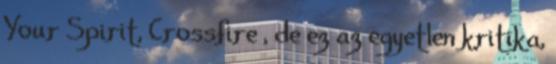
Your Spirit, Crossfire , de ez az egyetlen kritika,